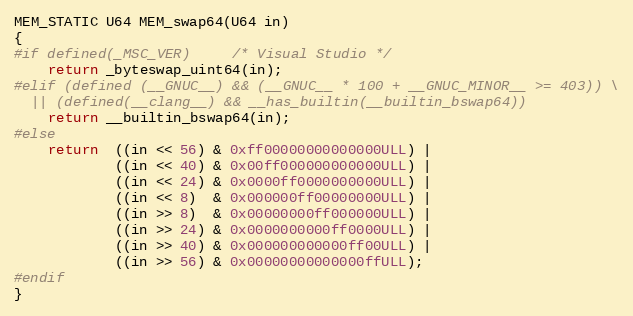
Language: C
MEM_STATIC U64 MEM_swap64(U64 in)
{
#if defined(_MSC_VER)     /* Visual Studio */
    return _byteswap_uint64(in);
#elif (defined (__GNUC__) && (__GNUC__ * 100 + __GNUC_MINOR__ >= 403)) \
  || (defined(__clang__) && __has_builtin(__builtin_bswap64))
    return __builtin_bswap64(in);
#else
    return  ((in << 56) & 0xff00000000000000ULL) |
            ((in << 40) & 0x00ff000000000000ULL) |
            ((in << 24) & 0x0000ff0000000000ULL) |
            ((in << 8)  & 0x000000ff00000000ULL) |
            ((in >> 8)  & 0x00000000ff000000ULL) |
            ((in >> 24) & 0x0000000000ff0000ULL) |
            ((in >> 40) & 0x000000000000ff00ULL) |
            ((in >> 56) & 0x00000000000000ffULL);
#endif
}